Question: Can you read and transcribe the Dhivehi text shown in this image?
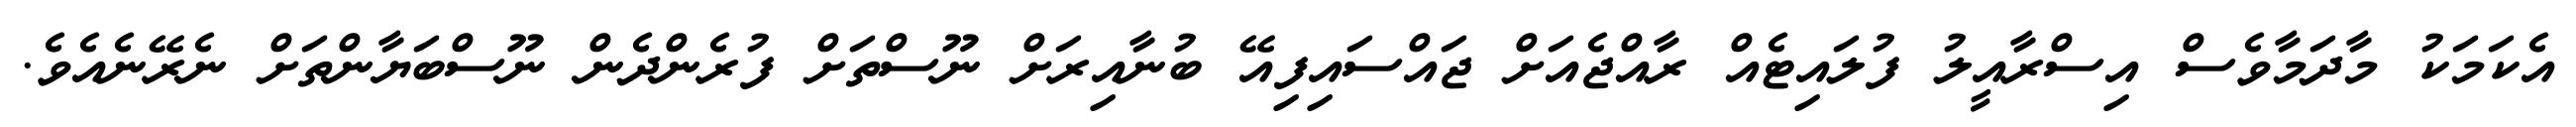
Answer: އެކަމަކު މާދަމާވެސް އިސްރާއީލު ފުލައިޓެއް ރާއްޖެއަށް ޖައްސައިފިއޭ ބުނާއިރަށް ނޫސްތަށް ފުރެންދެން ނޫސްބަޔާންތަށް ނެރޭނެއެވެ.